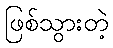
ဖြစ်သွားတဲ့